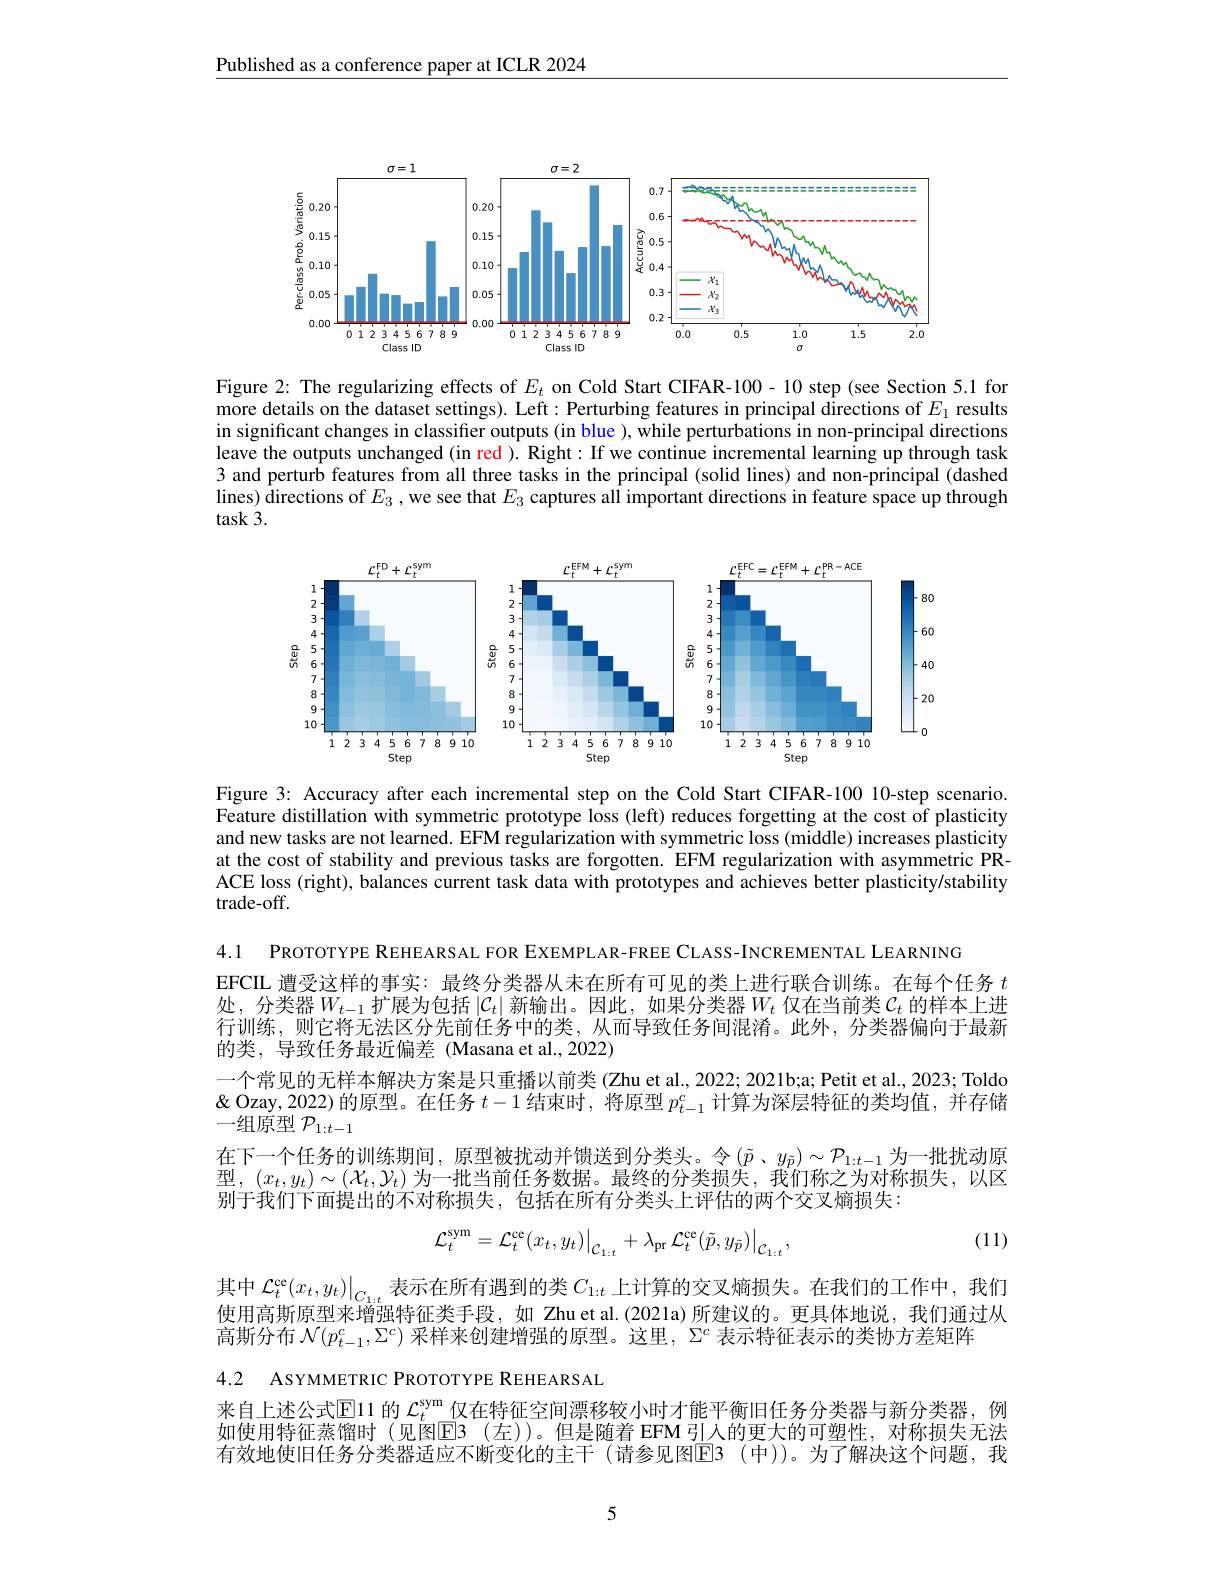
Published as a conference paper at ICLR 2024

<FigureHere>

Figure 2: The regularizing effects of $E_{t}$ on Cold Start CIFAR-100- 10 step (see Section 5.1 for more details on the dataset settings). Left: Perturbing features in principal directions of $E_{1}$ results in significant changes in classifier outputs (in blue ), while perturbations in non-principal directions leave the outputs unchanged (in red ). Right: If we continue incremental learning up through task 3 and perturb features from all three tasks in the principal (solid lines) and non-principal (dashed lines) $\hat{\text{directions of }E_3}$,we see that $E_3$ captures all important directions in feature space up through $\tan^{\circ}{\mathrm{k~}}3.$

<FigureHere>

Figure 3: Accuracy after each incremental step on the Cold Start CIFAR-100 10-step scenario. Feature distillation with symmetric prototype loss (left) reduces forgetting at the cost of plasticity and new tasks are not learned. EFM regularization with symmetric loss (middle) increases plasticity at the cost of stability and previous tasks are forgotten. EFM regularization with asymmetric PRACE loss (right), balances current task data with prototypes and achieves better plasticity/stability trade-off.

4.1 PROTOTYPE REHEARSAL FOR EXEMPLAR-FREE CLASS-INCREMENTAL LEARNING
EFCIIL 遭受这样的事实：最终分类器从未在所有可见的类上进行联合训练。在每个任务$t$ 处，分类器$W_t-1$扩展为包括 $|\mathcal{C}_t|$ 新输出。因此，如果分类器$W_t$ 仅在当前类 $\mathcal{C}_t$ 的样本上进行训练，则它将无法区分先前任务中的类，从而导致任务间混淆。此外，分类器偏向于最新的类，导致任务最近偏差 (Masana et al.,2022)
一个常见的无样本解决方案是只重播以前类 (Zhu et al., 2022; 2021b;a; Petit et al., 2023; Toldo & Quris ( Poris ) Peris ( Peris ) Peris ( Peris )的原型。在任务$t-1$结束时，将原型$p_t-1^c$计算为深层特征的类均值，并存储一组原型$\mathcal{P}_1:t-1$
在下一个任务的训练期间，原型被扰动并馈送到分类头。令$(\tilde{p}$、$y_\bar{p})\sim\mathcal{P}_1:t-1$ 为一批扰动原型 , $(x_t,y_t)\sim(\mathcal{X}_t,\mathcal{Y}_t)$为一批当前任务数据。最终的分类损失，我们称之为对称损失，以区别于我们下面提出的不对称损失，包括在所有分类头上评估的两个交叉熵损失：

(11)
$$\mathcal{L}_{t}^{\mathrm{sym}}=\mathcal{L}_{t}^{\mathrm{ce}}(x_{t},y_{t})\big|_{\mathcal{C}_{1:t}}+\lambda_{\mathrm{pr}}\mathcal{L}_{t}^{\mathrm{ce}}(\tilde{p},y_{\tilde{p}})\big|_{\mathcal{C}_{1:t}},$$
其中$\mathcal{L}_t^\mathrm{ce}(x_t,y_t)\big|_{C_{1:t}}$表示在所有遇到的类$C_{1:t}$上计算的交叉熵损失。在我们的工作中，我们使用高斯原型来增强特征类手段，如 Zhu et al.(2021a)所建议的。更具体地说，我们通过从高斯分布$\mathcal{N}(p_{t-1}^c,\Sigma^c)$采样来创建增强的原型。这里，$\Sigma^c$表示特征表示的类协方差矩阵

4.2 ASYMMETRIC PROTOTYPE REHEARSAL
来自上述公式$\mathbb{E}$11 的 $\mathcal{L}_t^\mathrm{sym}$ 仅在特征空间漂移较小时才能平衡旧任务分类器与新分类器，例如使用特征蒸馏时(见图E3 (左))。但是随着 EFM引人的更大的可塑性，对称损失无法有效地使旧任务分类器适应不断变化的主干 (请参见图E3 (中))。为了解决这个问题，我

5